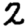
Digit: 2